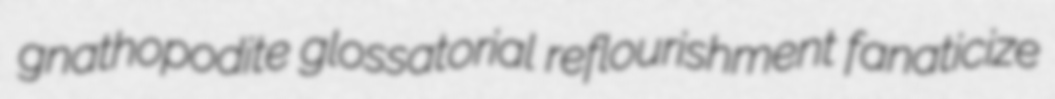
gnathopodite glossatorial reflourishment fanaticize